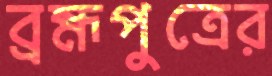
ব্রহ্মপুত্রের